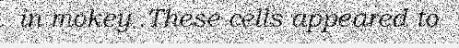
in mokey .These cells appeared to